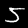
Digit: 5